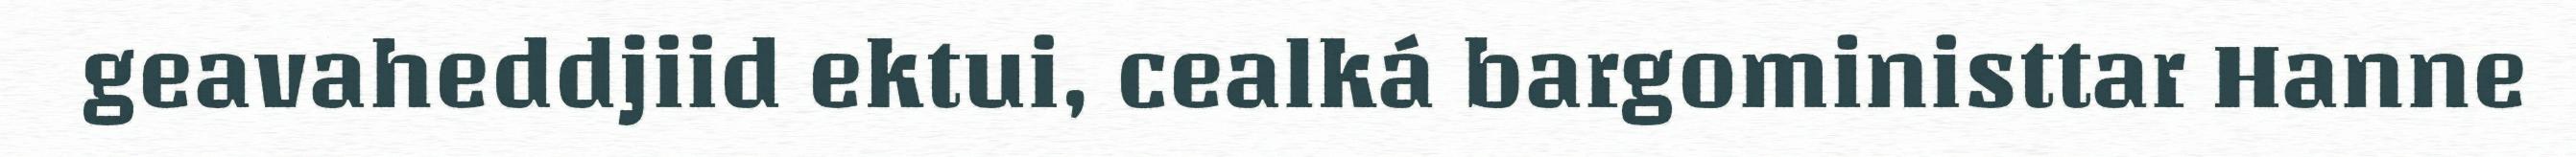
geavaheddjiid ektui, cealká bargoministtar Hanne